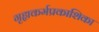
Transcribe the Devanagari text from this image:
गृह्यकर्मप्रकाशिका